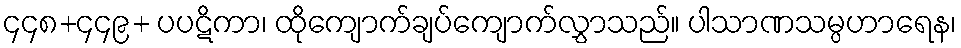
၄၄၈+၄၄၉+ ပပဋိကာ၊ ထိုကျောက်ချပ်ကျောက်လွှာသည်။ ပါသာဏသမ္ပဟာရေန၊